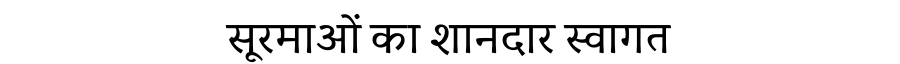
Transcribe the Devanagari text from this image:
सूरमाओं का शानदार स्वागत